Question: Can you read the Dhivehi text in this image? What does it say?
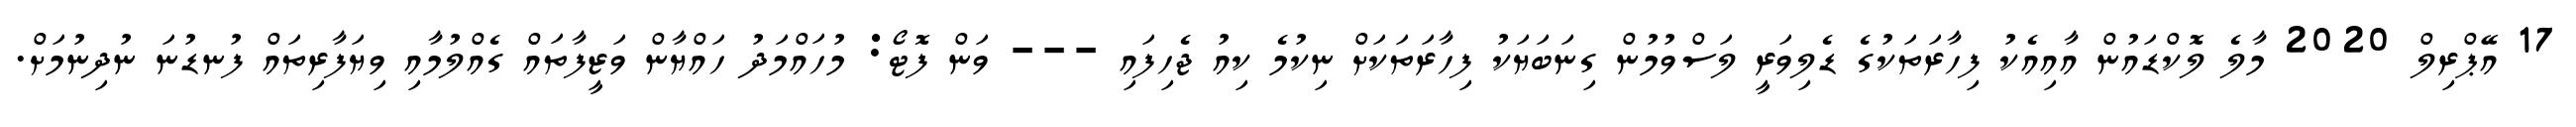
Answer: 17 އޭޕްރިލް 2020 މާލެ ލޮކްޑައުން އާއިއެކު ފިހާރަތަކުގެ ޑެލިވަރީ ލަސްވުމުން ގިނަބަޔަކު ފިހާރަތަކަށް ނިކުމެ ކިއު ޖެހިފައި --- ވަން ފޮޓޯ: މުހައްމަދު ހައްޔާން ވަޒީފާތައް ގެއްލުމާއި ވިޔަފާރިތައް ފުނޑުނަ ނުދިނުމަށް.